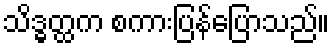
သိဒ္ဓတ္ထက စကားပြန်ပြောသည်။